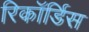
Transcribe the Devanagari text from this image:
रिकॉर्डिस